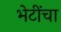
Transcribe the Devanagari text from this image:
भेटींचा